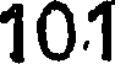
10.1